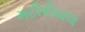
મટીરીયલ